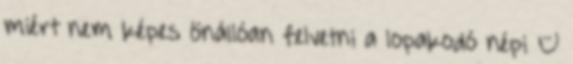
miért nem képes önállóan felvetni a lopakodó népi –